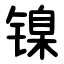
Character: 镍